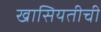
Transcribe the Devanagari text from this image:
खासियतीची